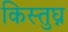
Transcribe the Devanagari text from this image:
किस्तुघ्न